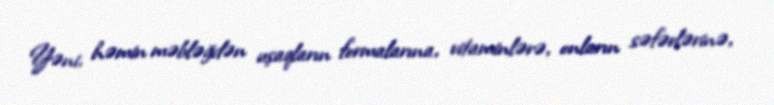
Yəni, həmin məbləğdən uşaqların formalarına, vitaminlərə, onların səfərlərinə,